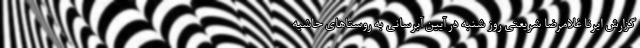
گزارش ایرنا غلامرضا شریعتی روز شنبه در آیین آبرسانی به روستاهای حاشیه